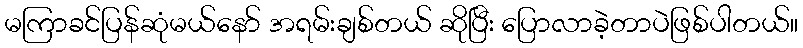
မကြာခင်ပြန်ဆုံမယ်နော် အရမ်းချစ်တယ် ဆိုပြီး ပြောလာခဲ့တာပဲဖြစ်ပါတယ်။